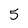
Character: 5